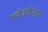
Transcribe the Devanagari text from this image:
पदोन्नतीनंतर